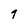
Character: q